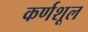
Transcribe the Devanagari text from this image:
कर्णशूल